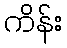
ကိန်း